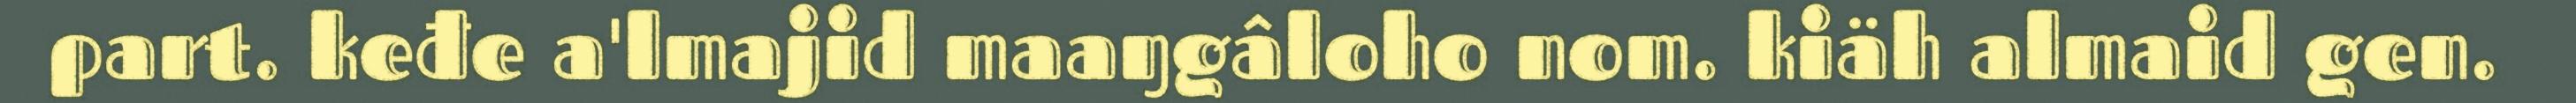
part. keđe a'lmajid maaŋgâloho nom. kiäh almaid gen.